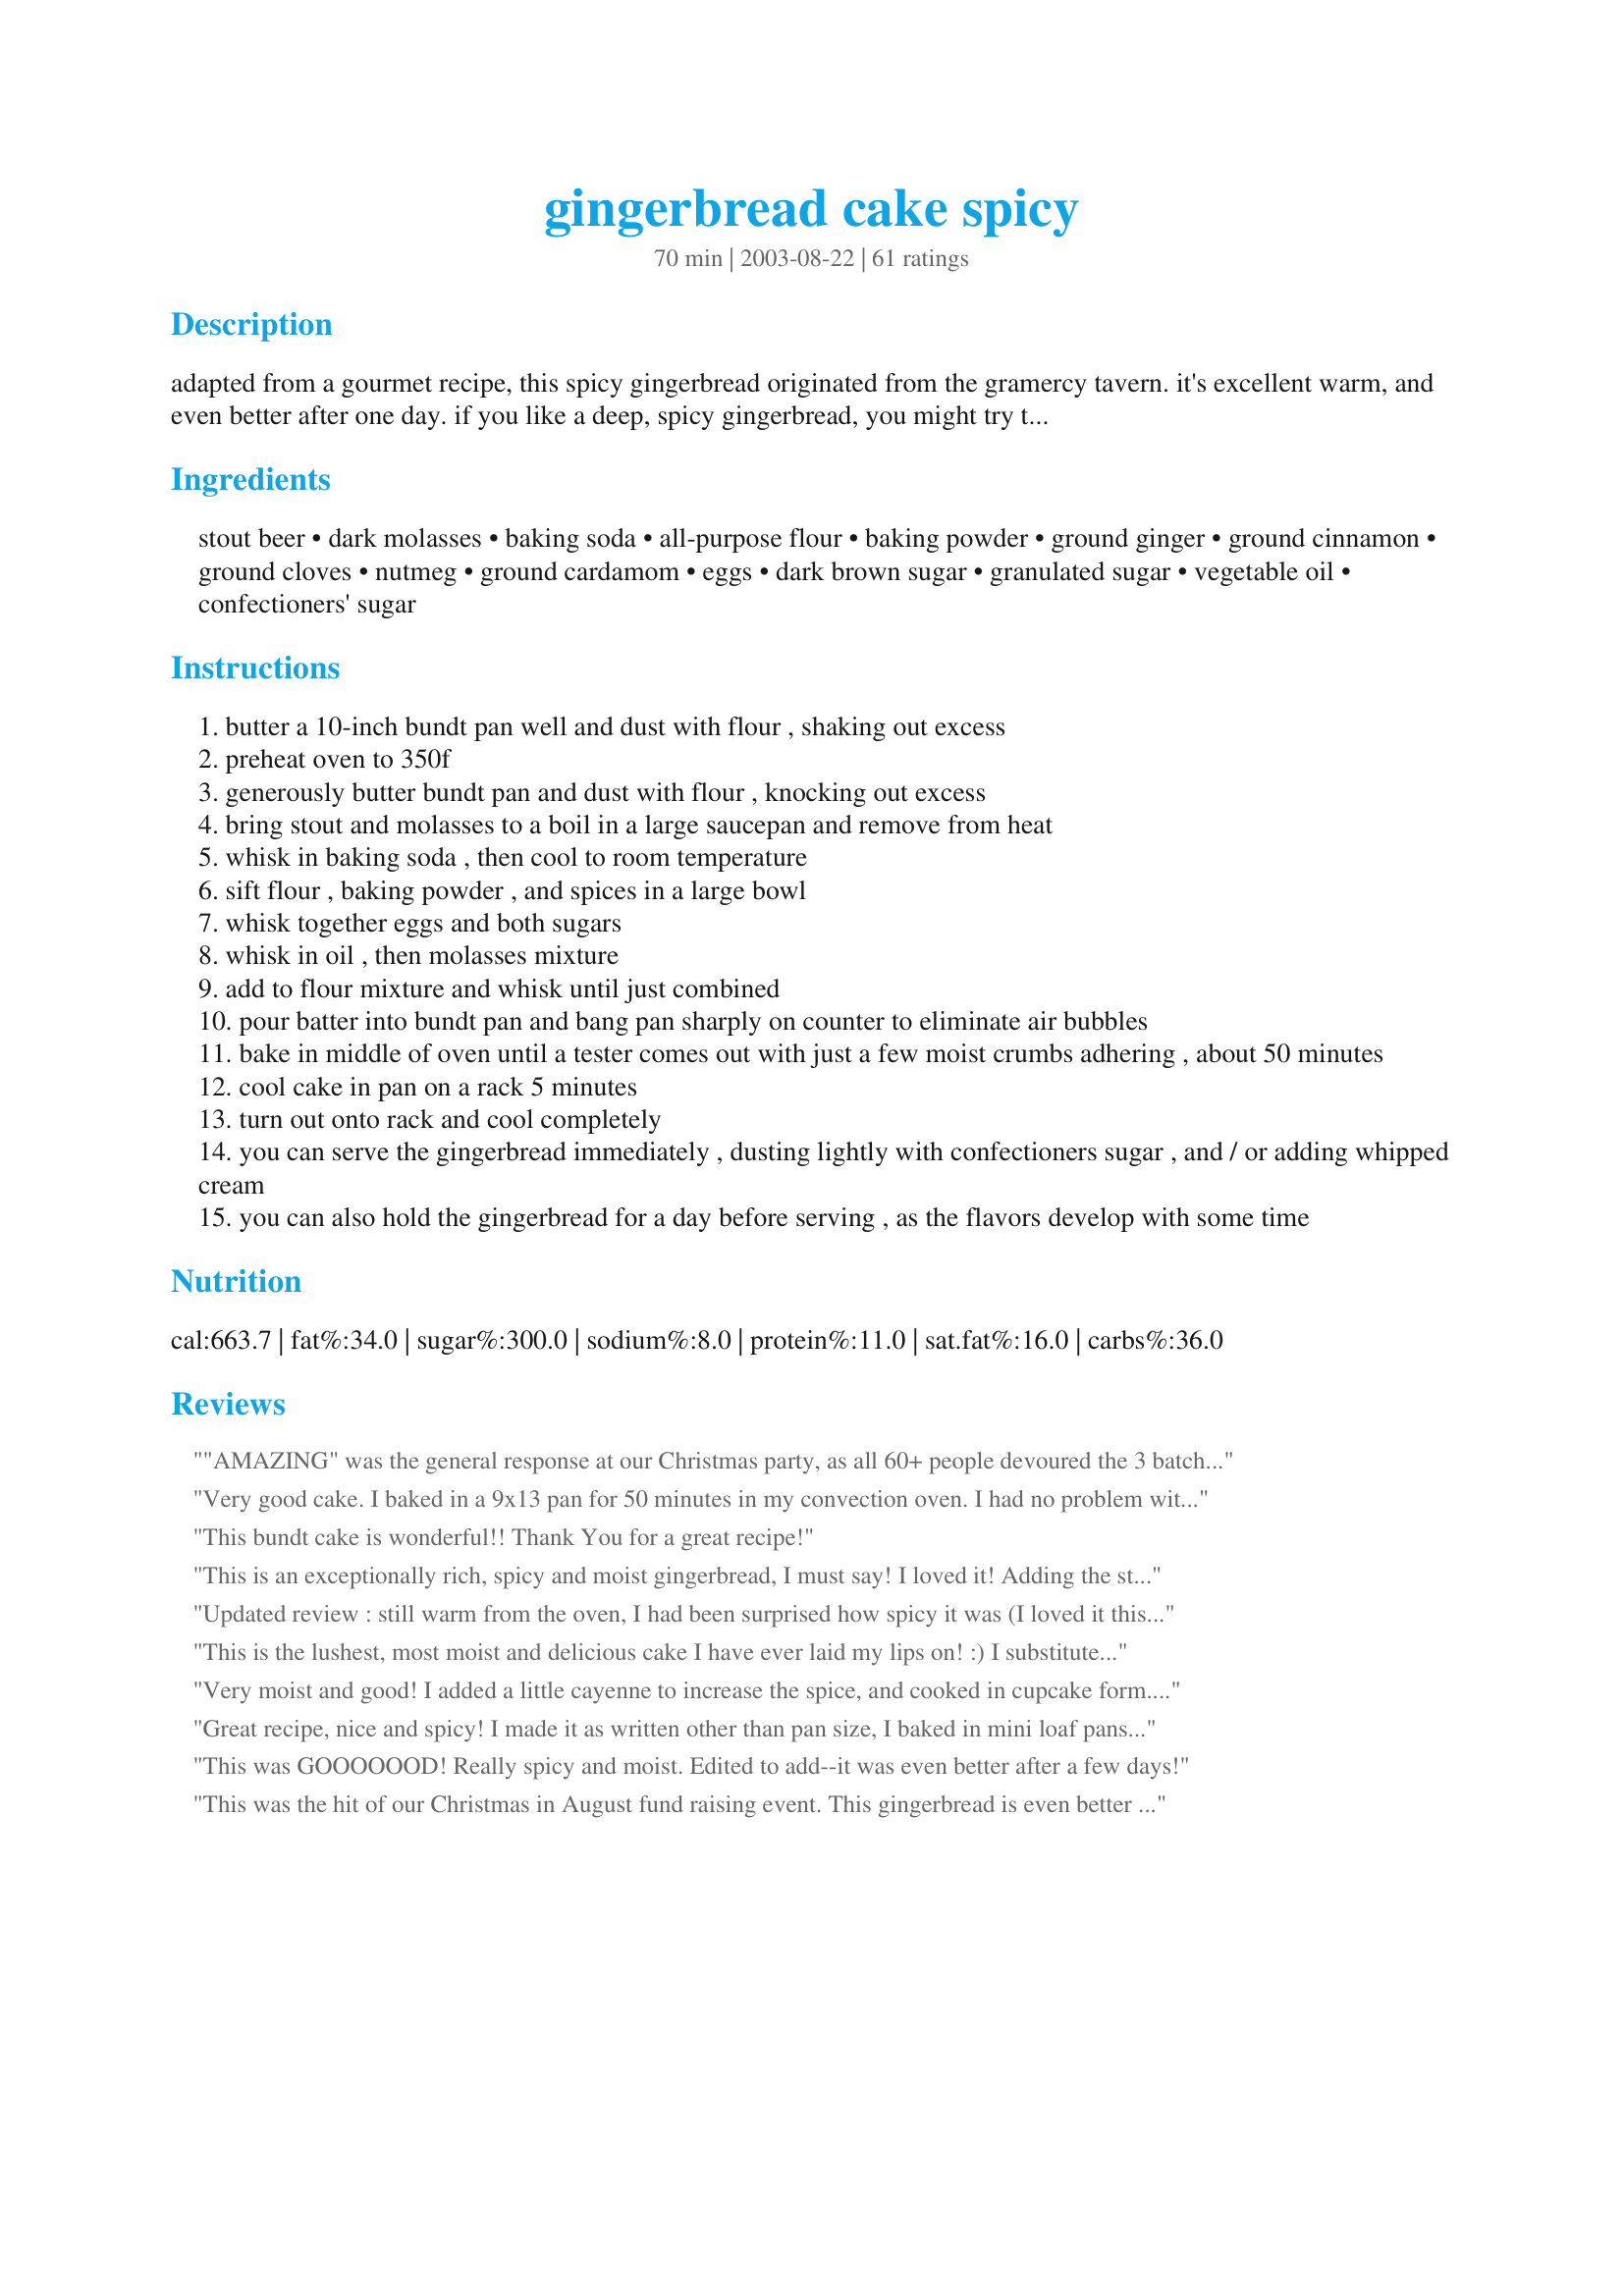
gingerbread cake spicy
Preparation time: 70 minutes

adapted from a gourmet recipe, this spicy gingerbread originated from the gramercy tavern. it's excellent warm, and even better after one day. if you like a deep, spicy gingerbread, you might try this one!

Ingredients:
stout beer, dark molasses, baking soda, all-purpose flour, baking powder, ground ginger, ground cinnamon, ground cloves, nutmeg, ground cardamom, eggs, dark brown sugar, granulated sugar, vegetable oil, confectioners' sugar

Steps:
butter a 10-inch bundt pan well and dust with flour , shaking out excess
preheat oven to 350f
generously butter bundt pan and dust with flour , knocking out excess
bring stout and molasses to a boil in a large saucepan and remove from heat
whisk in baking soda , then cool to room temperature
sift flour , baking powder , and spices in a large bowl
whisk together eggs and both sugars
whisk in oil , then molasses mixture
add to flour mixture and whisk until just combined
pour batter into bundt pan and bang pan sharply on counter to eliminate air bubbles
bake in middle of oven until a tester comes out with just a few moist crumbs adhering , about 50 minutes
cool cake in pan on a rack 5 minutes
turn out onto rack and cool completely
you can serve the gingerbread immediately , dusting lightly with confectioners sugar , and / or adding whipped cream
you can also hold the gingerbread for a day before serving , as the flavors develop with some time

Reviews:
"AMAZING" was the general response at our Christmas party, as all 60+ people devoured the 3 batches I made for the event. My only changes to the recipe was adding lemon zest, as well as trading the stout for equal parts strong coffee as another reviewer suggested. I had coffee on hand, and no beer, so I gave it a try. An instant must-have for the holidays in our home from now on!
Very good cake. I baked in a 9x13 pan for 50 minutes in my convection oven. I had no problem with it sticking. I generously greased the pan with shortening and dusted with flour. All I had was Busch beer. I prefer my Old Fashioned ShooFly cake #30152 because it's just as spicy and dark but has crumbs on top that are delicious. This Gingerbread Cake (Spicy) is a great recipe. Thanks. I'm taking it to work tomorrow and I'm sure I'll get rave reviews. I'm putting a dab of orange icing on each square and topping with a candy pumpkin or a couple of candy corns. Hmm.. I have black and orange Jimmies that I can use, too.

This bundt cake is wonderful!! Thank You for a great recipe!
This is an exceptionally rich, spicy and moist gingerbread, I must say! I loved it! Adding the stout beer plus the cardamon gave it a very unique flavor, I think. I was a bit nervous at first about the outcome, but it came out beautifully. Thanks for sharing.
Updated review : still warm from the oven, I had been surprised how spicy it was (I loved it this way, just didn't expect it to be THAT spicy!), and I had also written in my first review : "But wow, this cake is just sooo good! I had a piece just a few minutes ago, still warm from the oven, and I have to say that I can hardly remember of a cake with a better texture : the inside is moist and some kind of a crisp, lightly caramellized crust formed on the outside, mmmmm.... So please serve this without icing not to lose the wonderful sensation of chewing this lovely little "crust". Ginger is the most prominent flavor, together with molasses." BUT the following day, the ginger and molasses flavors had mellowed and the cake had a more "balanced" taste. The cake didn't have such an impressive texture as the first day, but I have noticed that this often happens when I sub applesauce for part of the fat (see below), so I guess it didn't help, but it's still VERY good, plain or with cream cheese, peanut butter or soynut butter (yes, I have tried them all!). Now, here is the rest of my previous review, that still applies: By the way, I couldn't help making a few changes: I used 1 cup white flour and 1 cup whole-wheat flour, halved both sugar amounts (as per another recipe from Gourmet VERY similar to this one, except for the sugars! It's called Gingerbread layer cake), using sucanat instead of brown sugar (and it came out sweet enough this way, IMHO), and used 1/4 cup oil and 1/2 cup applesauce instead of 3/4 cup oil. I baked it in a silicone bundt pan and I did have a little trouble unmolding it, but since it's my first time with this pan, I guess it's all my fault. Otherwise, very easy to make - just make sure you boil the molasses and beer in a pan at least twice as big as the liquid, 'cause the foam rises high. I baked the cake for 55 minutes because after 50, I was not sure it was done, but it was a bit too much, so next time, I'll stick with the 50 minutes. I made this cake trying different recipes for a birthday party I'm throughing in two weeks and I have to say that it's not exactly the kind of cake I would serve for a birthday party, but I will sure make it again a few weeks later... for Christmas!! Thank you for posting!
This is the lushest, most moist and delicious cake I have ever laid my lips on! :) I substituted freely; not having stout in the house, I used coffee, and instead of 3/4 cup oil, I used 1/3 cup oil and 1/2 cup applesauce. It keeps well, turning even more "fudge-y" as it ages (not that it lasted for too long!) Great warm with applesauce or a heavy cream.
Very moist and good! I added a little cayenne to increase the spice, and cooked in cupcake form. Delicious, and they keep well frozen--good thing since it made a couple of dozen and I'm the only one in the house who likes gingerbread. Serious self-indulgence! Thanks!
Great recipe, nice and spicy! I made it as written other than pan size, I baked in mini loaf pans for gifts. My MIL loved it. Will definitely be making it again, thanks for posting.
This was GOOOOOOD! Really spicy and moist.

Edited to add--it was even better after a few days!
This was the hit of our Christmas in August fund raising event. This gingerbread is even better the stuff my Grandma used to bake & up till now, I thought that was unbeatable. Thaks, Lizzie Babette for a real keeper.
This was excellent! It had a nice dark, brown color, and was full of deep, spicy flavor. The addition of the stout beer was nice, and definitely added to the richness of the bread. One note of caution, as you can see from the "one cup molases" in the ingredients list, this cake is EXTREMELY sticky. Be sure to butter and flour you pan well!! Mine stuck a bit, but the taste made up for it!
After trying your Bearnaise Butter/Steak recipe, I just had to check out your other recipes. I love gingerbread and haven't made it in years... so... I have to say this is the absolute best ever. I served it w/ Lemon Sauce (made from my grandmother's recipe)... YUMMMMMM!!!!! Thanks for another great recipe!
Delicious cake...serve with a dollop of whipped cream and it is perfection!
This is a wonderfully moist and spicy gingerbread, exactly what I was looking for. I have made it twice, once in a traditional bundt pan and once in a silicone (flexible) bundt pan. I highly recommend the silicone pan, because it didn't need any greasing at all. I waited a day, inverted the pan and then just peeled it off the cake without any trouble.
I did use the Guinness stout, and it really does make a difference.
We loved the spicy flavour and moist texture of this cake. We don't have a bundt pan, so we baked it in a 9'' x 13'' pan and it seemed to come out alright. Excellent hot or cold!
I can't say anything that hasn't already been said about this delicious dessert. A winner!
This was delicious! I don't have a fluted cake pan so I used two loaf pans instead. I also substituted dark coffee for the stout, as suggested, and added pieces of crystallized ginger. The only problem was that I had a hard time getting it out of the pan and it got messy, but I figure I'll slather it with whipped cream and it will be fine. My husband keeps nibbling on the pieces as he walks by. Great recipe.
The most delicious gingerbread cake you'll ever taste. I too, had problems with it sticking to the pan even after reading other reviews and greasing it heavily. No matter- the chunks were heavenly! Ate it over 3-4 days and just as delicious each day!
Oh my heck, this cake has kick as well as intense flavor -> TO CRY FOR DELICIOUS!! The best gingerbread cake I've ever had! I followed the recipe to a "T", no problems other than the cake sticking to the bundt pan. Next time, though, I'll use a 9x13 baking pan as well as using Baker's Joy. Thank you, Lizzie-Babette!! :)
Just thought I'd add this cute photo idea for a variation on serving this gingerbread. You can pop a whole gingerbread house into your mouth by cutting up the cake into shapes that form a house, sprinkle roof with confectioner's sugar and pipe doors and windows onto the house. A novel approach that I wanted to share with you.
Excellent! I've made it twice now with Guinness Extra Stout beer. First was for a company potluck. I'll be taking this second one for the xmas get-together with family. Mine definitely looks a lot darker than the photo Erin R posted, so I posted a photo. This second time I got impatient and didn't wait for it to cool. When I attempted to lift it off the rack (from a toaster oven...kind of wide rails) the bottom fell out. I ate those pieces and tried to hide the evidence. Good stuff!
I made this recipe last night for my fianc&eacute;&#039;s family and boy was it a hit! The cake was so moist and spicy - just the way I like it! I halved the sugar and it was plenty. I didn&#039;t have dark brown sugar, so I took golden sugar and added a tablespoon of molasses to it. I also didn&#039;t have any stout and I JUST ran out of coffee, so I steeped 3 bags of orange pekoe tea in 1 cup boiled water instead. Even with all of the alterations, it turned out great! I will definitely be making this again and next time I will try with stout.
I've already made this twice and getting ready for a 3rd. I love the spicyness and how moist this cake turns out. I made everything as the recipe calls for with the exception of cardamon which I don't have and wasn't able to locate in my stores. So it's been a hit and will most likely be a standard for many get togethers to come.
Great gingerbread!! I've made this many times. I use Guiness Stout. I try to boil the Guiness stout and molasses early in the day and let it cool on the stove so the smell dissipates. Very moist and addictive.

OMG, this is some kinda gingerbread! It's real dark, real moist, and has lots of yummie, spicy tang ... YUM! I didn't have stout, so I subbed plain ole "Bud", and it didn't seem to hurt anything. Came out very good ... Even slid right out of the bundt pan cause I sprayed the pan with Pam Spray w/flour! Worked like a charm! Served with a blob of whip cream, and we really enjoyed!
Thank You, Honorable Chef of the Day, it was my pleasure to try your wonderful recipe! 
Congratulations, Beth!
Laudee
FANTASTIC! I love gingerbread and this cake is full of flavor & super spicy. It does get better the longer it sets. I like to bake in a bundt pan and frost with simple white icing. Cream cheese frosting would be heavenly!
this cake is wonderful. my only complaint was it not coming out of the pan well. despite that, this cake is awesome. follewed the recipe exactly, using outmeal stout beer. i baked several for christmas gifts and heard many a compliment! the cake stays moist for days and seems to flavor the longer it sits. definitely a keeper.
Exceptionally rich and moist. The best gingerbread recipe I have seen. I did not have the cardamon, unfortunately, but will try that next time. I found that 45 mins. was the correct baking time, at least for my oven. Give this a try, you will love it.
A bang in flavor and spice. This is a terrific recipe for a moist, sticky, tender crumbed cake with an enormous kick. It's a wonderful ginger/molasses blend that will delight. I did have a bit of sticking in my old bundt pan and will be purchasing a new one specifically because of this cake. It's a definite must try if you want a magnificent spice cake. Thanks for the great recipe!
WOW! That's the first thing and everyone who's tried this gingerbread has said after taking a bite. Wonderful complex flavor, fantastic texture. I could seriously eat the whole cake!
This is the REAL thing!!! Very Good. I did use Splenda rather than sugar and next time I intend to use an egg substitute. Loved this. TKS Lizzie-Babette!
This was easily the best gingerbread I've ever made. I baked it in a bundt pan for Christmas Eve and it was a huge hit with the family. A few days later I baked it again using 2 loaf pans for post-Christmas thank you gifts - again, delicious! I especially love the chewiness of the outer crust. It does stick to the pan a bit, but I had great luck with Baker's Joy spray with flour. Oh, and when you boil the Guinness and molasses together, the smell is off-putting, but don't worry, it dissipates as it cools and does not affect the taste of the finished cake. Also as another reviewer mentioned, be sure to use a large saucepan because it will foam up as it boils. Anyway, this is a fantastic recipe that will be my "go-to" gingerbread recipe from now on. Thank you Lizzie-Babette!
Tremendous gingerbread! Oh wow, what a winner. I subbed in a half cup of Splenda and a half cup of applesauce for equal amounts of the sugar and oil, respectively, and the cake was none the wiser. Dusted with powdered sugar and served with a dab of applesauce and whipped cream, my family inhaled it. Try to be as serious as you can about greasing your pan, though. I used a well greased silicone bundt and still lost a bit of the cake surface. This mofo is sticky. So good though, with its blast of ginger flavor. Also, my goon of a dog had a taste of the boiled molasses and stout when I set it out on the patio to cool, but it didn't seem to hurt anything. (head shaking) Learn from my foolishness and don't assume that a dog would never want to drink warm molasses beer. (head shaking again) Anyway, thanks for a new Christmas tradition, Lizzie!
Very moist and spicy..just the way I like Gingerbread. I apparently did not oil my pan well enough because I did have a sticking problem, however, sticking does not affect the flavor. I really enjoyed this Gingerbread.
Delicious! This is a very dark, spicy, moist cake. develops a wonderful crispy-chewy crust on the outside. Be sure to grease/flour your pans well as the recipe says.. otherwise it will STICK!
This is a very good gingerbread recipe. For added kick, we add approximately 2 tablespoons minced crystalized ginger. Packs a good punch!
This was delightful... spicy... yummy... the pervect Gingerbread Cake!!!
way too sweet! otherwise i think it would be really good. i will try again but next time i would use HALF the sugar.
The best! Not just the best gingerbread, possibly the best cake never. I have been making this recipe since I saw it posted on Smitten Kitchen, I make it in a bundt pan and it turns out reliably delicious every time. I do sub 1/2 cup of the oil with unsweetened applesauce, I have also tried a variety of stout beers. I believe guinness turns out the darkest, stickiest cake. Any way you decide to make this cake, you will love it!
gingerbread with lemon sauce is our traditional dessert for Christmas dinner. This was the best gingerbread I've ever made or tasted! I could only find a large bottle of stout beer -- next time I think I'll make two cakes.
This sensational gingerbread has been my go-to Christmas recipe for a decade and more. It is an essential part of our Christmas dinner, and gets more applause than the turkey. Over the years, I&#039;ve tweaked it a bit: to the flour mixture I add &frac14; C cocoa and &frac34; tsp ground black pepper. To the egg mixture I add 1 Tsp grated orange zest.&lt;br/&gt; No matter how many times you read it, I&#039;ll repeat it: this cake is STICKY! I once made it as cupcakes, and the parchment cups stuck. I make it in a 9 x 13 x 2 pan. I butter the bottom, cover it with a parchment liner, then butter (heavily) and flour the liner and the pan&#039;s sides. It&#039;s not as cute as a bundt pan, but it releases cleanly.&lt;br/&gt; Stickiness aside, this is as close to the Platonic Ideal of gingerbread we&#039;re likely to see in this world. Can&#039;t thank Lizzie-Babette enough for posting it.
World class! I really think that says it all. Thank you for the recipe.
this is incredible! i didn't have stout so i used a local brand of dark beer called yingling. otherwise i followed directions, which are right on! to the minute, cake was done. i baked this in my new toy, a silicone bundt pan, which basically peels right off the cooked cake.
let me tell you, this is to die for! i'm debating whipping up cream, this is so tasty and rich as is
Absolutely fantastic. It was pretty much black on the outside when I popped it out of the pan, but it was wonderful!! I must not make this too much otherwise it will be all that I eat.
No stout, so subbed coffee (it's what Guinness tastes like to me, anyway). Very easy to make and just delicious. Served it with Recipe #190975. Yummy!
Wow! I'm in heaven. I've been a fan of gingerbread since I can remember. I had just never made one of my own. This was the first and last recipe I will ever use. The flavor was better than any I have tasted before. I usually like to share my baked goods so that I don't eat them all myself. So, before trying it, I took it to work. It worked out that only one other person had a chance to try the cake that day(other than myself).... sorry for them that they were busy that day. Because, instead of leaving the cake there for them to try the next day - I brought it home! They came looking for it - but it was gone! I kept telling myself it probably freezes well, but I couldnd't seem to part the next slice. I followed the recipe exactly. The only thing I may change is leave it in for an extra 5 minutes. (I think my oven runs low) Thank you so much for posting.
Big hit at my at-home Christmas party.
YUM! This was my first attempt at a gingerbread, and I must say the recipe is amazing! Not too bland, not overwhelmingly spicy, nice moist consistancy with a chewy edge. I swapped the stout for 1 cup of espresso as another reviewer stated, and it tastes fine that way to me. I also did without the cardamon as I didn't have any on hand. My only "unhappiness" with this recipe is that even though I was heavily forwarned, this thing is STICKY!!!!!! I tried to put them in my mini bundt silicone cups, and out of 24 muffins made, I am left with 7 that are round. I greased them, floured them, did both (even though supposedly silicone has no need for it). I wound up eating most of the crumbs (the ones that my roommates managed NOT to steal- because it is super tasting!) and as for the rest I hope my family will forgive their apperance. Served warm with whipped cream, this recipe is perfect. Next year I'll pulling out a loaf pan to make it easier!
This gingerbread was very good. It was moist, yes, but it was not very gingerbread-y. I was expecting a gingerbread with much more robust flavor. It seemed to be something. For this reason, I am not giving it a five.
Oh my goodness! I would give this 10 stars if I could. You have outdone yourself with this recipe. This is the best gingerbread recipe in the world.
Delicious - especially when it's warm and served with fresh whipped cream!
This was amazing! It was spicy enough to satisfy even my mom (who is very choosy about gingerbread) and it made the whole house smell heavenly. It was so simple to make, too! I'm already planning to make this as Christmas gifts this year since we'll be on a tight budget with the new baby and all. People will think I've outdone myself, but they'll never know just how easy it is. ;)
This was definitely the best gingerbread I have ever made. I have never found the others I've made spicy enough, but this one was perfect. I made this a few days ago and there isn't any left now. Between the 4 of us we gobbled this up.I did sprinkle with the icing sugar but 2 who ate it did add cool whip to theirs. Thanks for a great recipe.
Wow...Lizzie thanks so much for sharing. Not much that I can say about this beautiful cake that hasn't already been stated. We LOVED this large, dark, spicy, sweet, chewy, moist cake. What a treat, I can't wait to have another piece.
My dh doesn't drink, so I subed with a malt beverage instead of beer, it worked very well. I also ground all my spices, so they were fresh, it made a great cake even better. Kudos
Good recipe!
This was my first shot at making gingerbread cake, and it turned out amazing!! I used the Guninness Extra Stout, as well. I served it with a dollop of whip cream, and it went well with our spiked eggnog :) Keep an eye on the cake during the last few minutes of baking; it only took me 45 minutes to bake completely, then again I had the oven on all day from baking cookies, so I'm sure it was VERY pre-heated. Also, definitely don't skimp on the buttering and flouring of the bundt pan. If you think you've gone overboard with the amount of flour and butter, then you have the right amount. Mine didn't stick at all. Thanks, Lizzie-Babette, for a wonderful recipe that I will be making a lot.
This is truley the best gingerbread I have had!
easy to make!!
Wow! This is delicious. Everyone loved it, even my 4-year old who normally doesn't like spicy stuff. This recipe caught my eye when I saw the word, "Guinness." It definitely adds a distinct texture/flavor that is hard to pin down. I will make this again (and it will probably be used for holiday gifts!). Thanks for sharing this with us!
I would love to try this recipe, but cannot use beer. Any ideas for a good subsitute?
If I could give this more than 5 stars, I certainly would. Served with fresh whipped cream this cake is outstanding.
we like gingerbread and my hubby especially loves it when i make it. i found the oatmeal stout beer in a single big bottle at a grocery store and there was actually enough beer for 2 recipes, so i'll make 2 next time. i cooked it the day before as suggested to let the flavors develop and served it with whipped lite cream. i used a nonstick bundt pan and buttered it and sprinkled flour. it didn't stick at all later. i figured my usual pam oil spray wouldn't be enough to release the cake. thanks for a great gingerbread!
